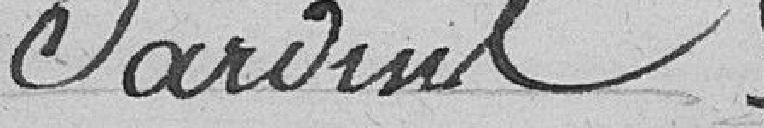
Iaroine